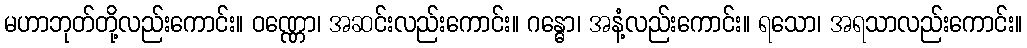
မဟာဘုတ်တို့လည်းကောင်း။ ဝဏ္ဏော၊ အဆင်းလည်းကောင်း။ ဂန္ဓော၊ အနံ့လည်းကောင်း။ ရသော၊ အရသာလည်းကောင်း။